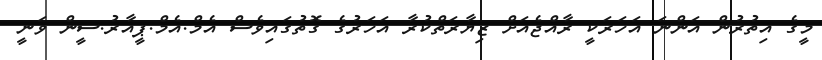
މީގެ އިތުރުން އަންނަ އަހަރަކީ ރާއްޖެއަށް ޒިޔާރަތްކުރާ އަހަރުގެ ގޮތުގައިވެސް އެމް.އެމް.ޕީއާރު.ސީން ވަނީ